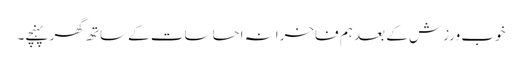
خوب ورزش کے بعد ہم فاخرانہ احساسات کے ساتھ گھر پہنچے۔